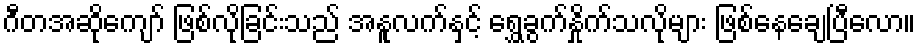
ဂီတအဆိုကျော် ဖြစ်လိုခြင်းသည် အနူလက်နှင့် ရွှေခွက်နှိုက်သလိုများ ဖြစ်နေချေပြီလော။